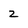
Character: 2